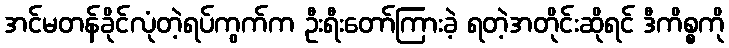
အင်မတန်ခိုင်လုံတဲ့ရပ်ကွက်က ဦးရီးတော်ကြားခဲ့ ရတဲ့အတိုင်းဆိုရင် ဒီကိစ္စကို